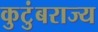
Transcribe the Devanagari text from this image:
कुटुंबराज्य